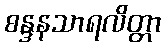
စန္ဒနသာရလိတ္တာ